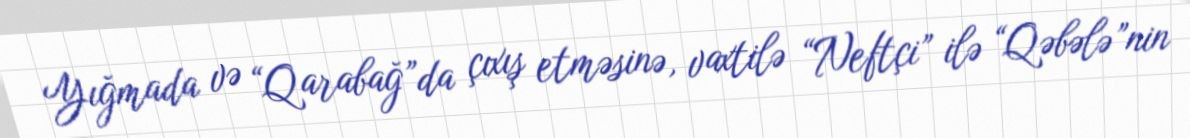
Yığmada və “Qarabağ”da çıxış etməsinə, vaxtilə “Neftçi” ilə “Qəbələ”nin